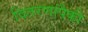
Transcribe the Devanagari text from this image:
वितरणांपैकी